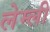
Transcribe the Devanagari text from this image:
लेम्ली